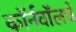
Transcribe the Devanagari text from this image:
कॉर्नवॉलचे